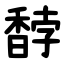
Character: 馞